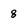
Character: 8